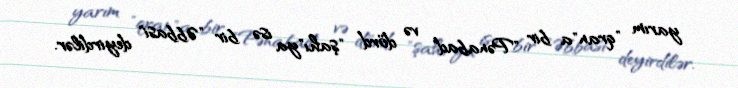
yarım "qran"a bir "Pənabad" və dörd "şahı"ya isə bir "Əbbasi" deyirdilər.